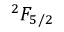
{ ^ 2 } F _ { 5 / 2 }